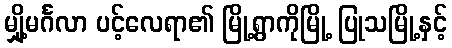
မျှို့မင်္ဂလာ ပင့်လေရာ၏ မြို့ရွာကိုမြို့ ပြုသမြို့နှင့်